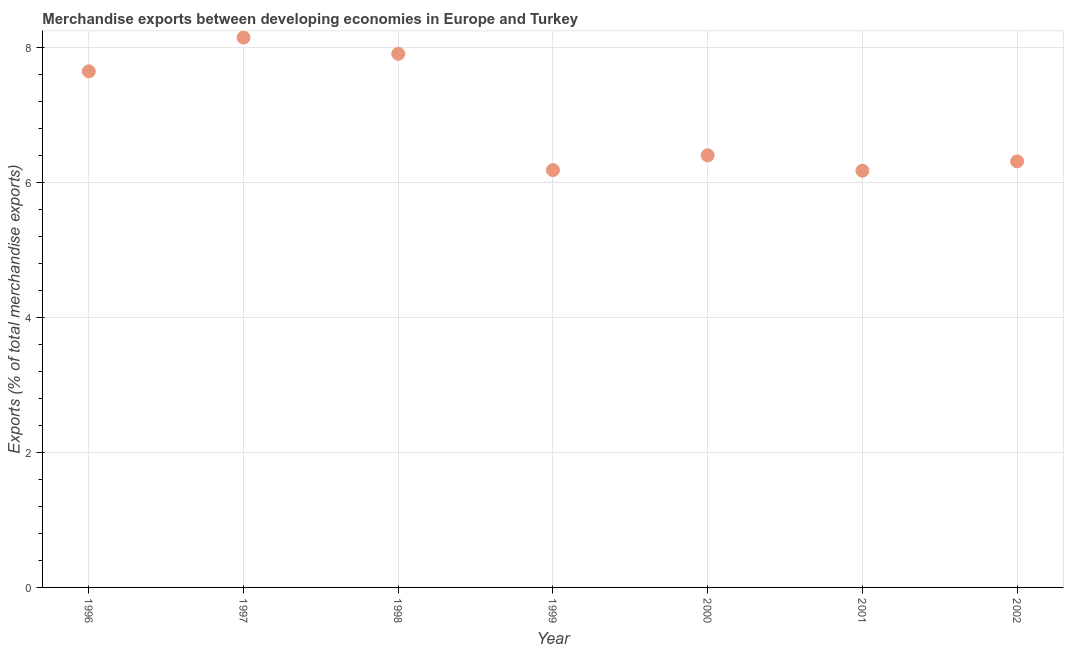
| Year | Merchandise Exports |
 | --- | --- |
 | 1996 | 7.65 |
 | 1997 | 8.15 |
 | 1998 | 7.91 |
 | 1999 | 6.19 |
 | 2000 | 6.41 |
 | 2001 | 6.18 |
 | 2002 | 6.32 |